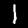
Label: 1